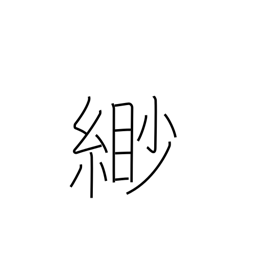
Meaning: faint